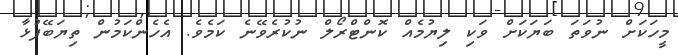
މީހަކަށް ނުވަތަ ބަޔަކަށް ވަކި ލިޔުމެއް ކޮންޓްރޯލް ނުކުރެވޭނެ ކަމެވެ. އެހެންކަމުން ތިޔަބޭފުޅާ